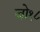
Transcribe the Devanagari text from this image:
जो१८